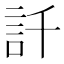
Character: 𲁢